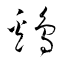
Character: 鶏